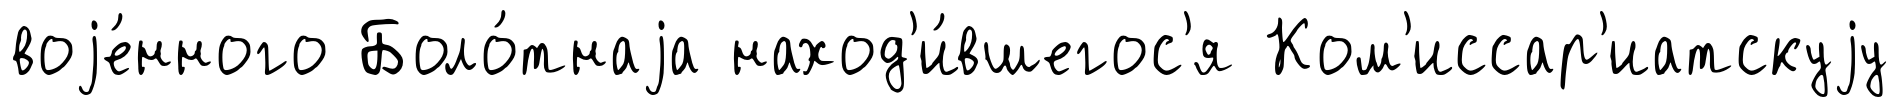
воjе́нного Боло́тнаjа наход'и́вшегос'я Ком'иссар'иатскуjу